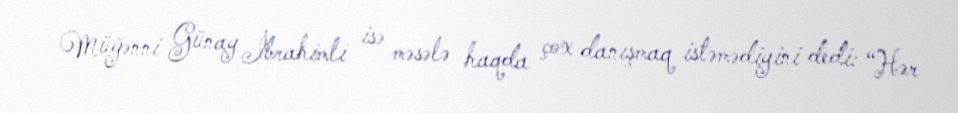
Müğənni Günay İbrahimli isə məsələ haqda çox danışmaq istəmədiyini dedi: “Hər